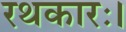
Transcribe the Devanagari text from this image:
रथकारः।